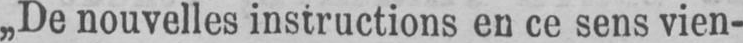
«De nouvelles instructions en ce sens vien-